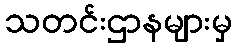
သတင်းဌာနများမှ